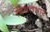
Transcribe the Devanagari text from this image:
विद्यतभार